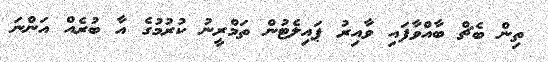
ތިން ބެޗް ބާއްވާފައި ވާއިރު ޕައިލެޓުން ތަމްރީނު ކުރުމުގެ އާ ބުރެއް އަންނަ